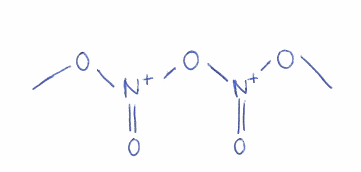
Simplified molecular-input line-entry system (SMILES) notation of the given molecule:
CO[N+](=O)O[N+](=O)OC